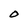
Character: o